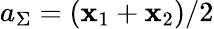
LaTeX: a_{\Sigma}=(\mathbf{x}_{1}+\mathbf{x}_{2})/2